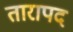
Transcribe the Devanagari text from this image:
तारापद